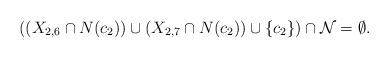
LaTeX: \begin{align*}\mbox{$((X_{2,6}\cap N(c_2))\cup (X_{2,7}\cap N(c_2))\cup\{c_2\})\cap {\cal N}=\emptyset$.}\end{align*}